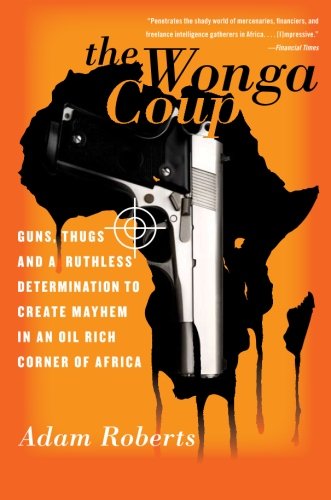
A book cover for The Wonga Coup: Guns, Thugs, and a Ruthless Determination to Create Mayhem in an Oil-Rich Corner of Africa; Adam Roberts; History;